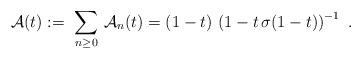
LaTeX: \begin{align*}{\cal A}(t) := \ \sum_{n\ge 0} \, {\cal A}_n(t)=(1-t) \, \left( 1 - t\, \sigma(1-t) \right)^{-1} \ .\end{align*}